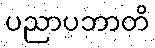
ပညာပဘာတိ